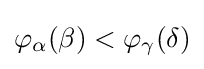
\varphi _{\alpha }(\beta )<\varphi _{\gamma }(\delta )